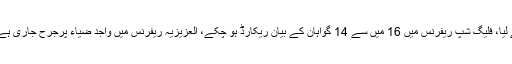
نیب پراسیکیوٹر نے کہا کہ وکیل دفاع نے بہت وقت لے لیا، فلیگ شپ ریفرنس میں 16 میں سے 14 گواہان کے بیان ریکارڈ ہو چکے، العزیزیہ ریفرنس میں واجد ضیاء پرجرح جاری ہے، واجد ضیاء کے بعد تفتیشی افسر کا بیان ریکارڈ ہو گا۔